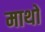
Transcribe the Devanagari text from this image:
माथों